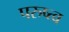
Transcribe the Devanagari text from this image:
परुष्त्व